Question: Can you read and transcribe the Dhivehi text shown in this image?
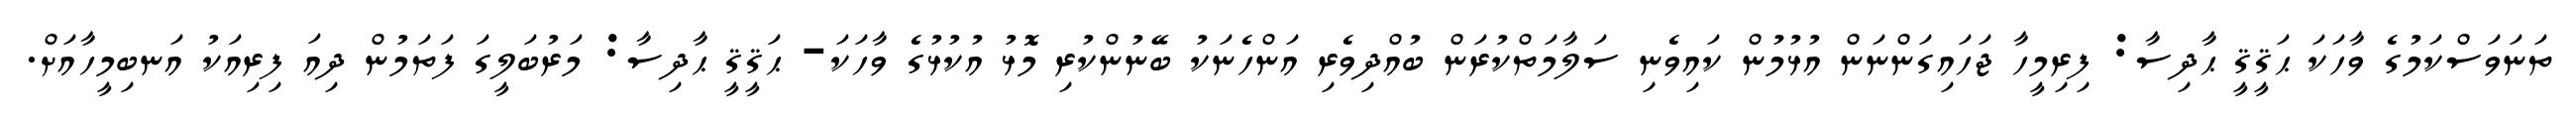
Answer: ތަނަވަސްކަމުގެ ވާހަކަ ޙަޤީޤީ ޙާދިސާ: ފިރިމީހާ ޖަހައިގަންނަން އުޅުމުން ކައިވެނި ސަލާމަތްކުރަން ބުއްދިވެރި އަންހެނަކު ބޭނުންކުރި މޮޅު އުކުޅުގެ ވާހަކަ- ޙަޤީޤީ ޙާދިސާ: މަރުބަލީގަ ފަތަމުން ދިއަ ފިރިއަކު އަނބިމީހާއަށް.